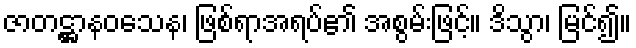
ဇာတဋ္ဌာနဝသေန၊ ဖြစ်ရာအရပ်၏ အစွမ်းဖြင့်။ ဒိသွာ၊ မြင်၍။